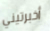
أخبرتيني